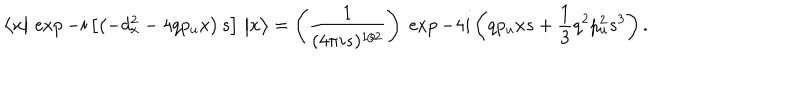
LaTeX: \big \langle x \big \vert \, \exp - i \left[ \left( - d _ { x } ^ { 2 } - 4 q p _ { u } x \right) s \right] \, \big \vert x \big \rangle = \left( { \frac { 1 } { ( 4 \pi i s ) ^ { 1 / 2 } } } \right) \; \exp - 4 i \left( q p _ { u } x s + { \frac { 1 } { 3 } } q ^ { 2 } p _ { u } ^ { 2 } s ^ { 3 } \right) .